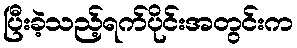
ပြီးခဲ့သည့်ရက်ပိုင်းအတွင်းက